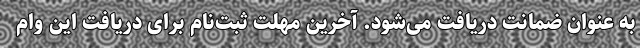
به عنوان ضمانت دریافت می‌شود. آخرین مهلت ثبت‌نام برای دریافت این وام